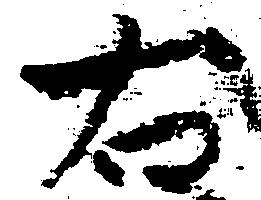
右